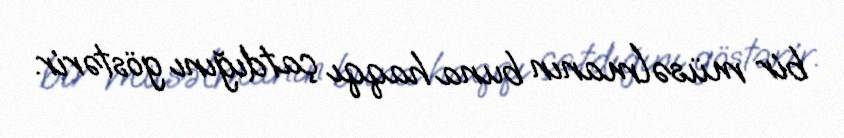
bir müsəlmanın buna haqqı çatdığını göstərir.